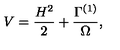
V = { \frac { H ^ { 2 } } { 2 } } + { \frac { \Gamma ^ { ( 1 ) } } { \Omega } } ,